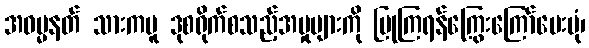
အဓမ္မနတ် သားကမူ ဒုစရိုက်စသည့်အမှုများကို ပြုကြရန်ကြွေးကြော်ပေးပုံ၊